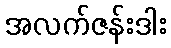
အလက်ဇန်းဒါး